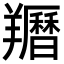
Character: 𦏩